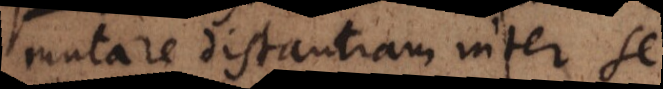
mutare distantiam inter se,